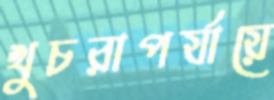
খুচরাপর্যায়ে